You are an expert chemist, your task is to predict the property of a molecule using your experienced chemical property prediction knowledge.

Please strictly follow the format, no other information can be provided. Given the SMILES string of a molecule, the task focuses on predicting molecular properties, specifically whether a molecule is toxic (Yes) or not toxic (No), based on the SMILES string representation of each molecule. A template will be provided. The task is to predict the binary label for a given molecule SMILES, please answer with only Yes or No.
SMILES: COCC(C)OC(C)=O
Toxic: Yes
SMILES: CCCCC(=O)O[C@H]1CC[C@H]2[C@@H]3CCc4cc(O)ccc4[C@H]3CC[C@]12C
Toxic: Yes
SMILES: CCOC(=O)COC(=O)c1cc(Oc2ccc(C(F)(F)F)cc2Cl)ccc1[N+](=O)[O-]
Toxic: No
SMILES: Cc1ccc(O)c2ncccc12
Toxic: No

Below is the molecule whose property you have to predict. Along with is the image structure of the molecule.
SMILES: Clc1cccc(Cl)c1Cl
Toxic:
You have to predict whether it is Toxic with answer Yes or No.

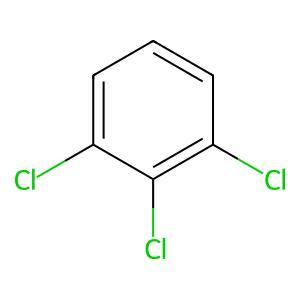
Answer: No